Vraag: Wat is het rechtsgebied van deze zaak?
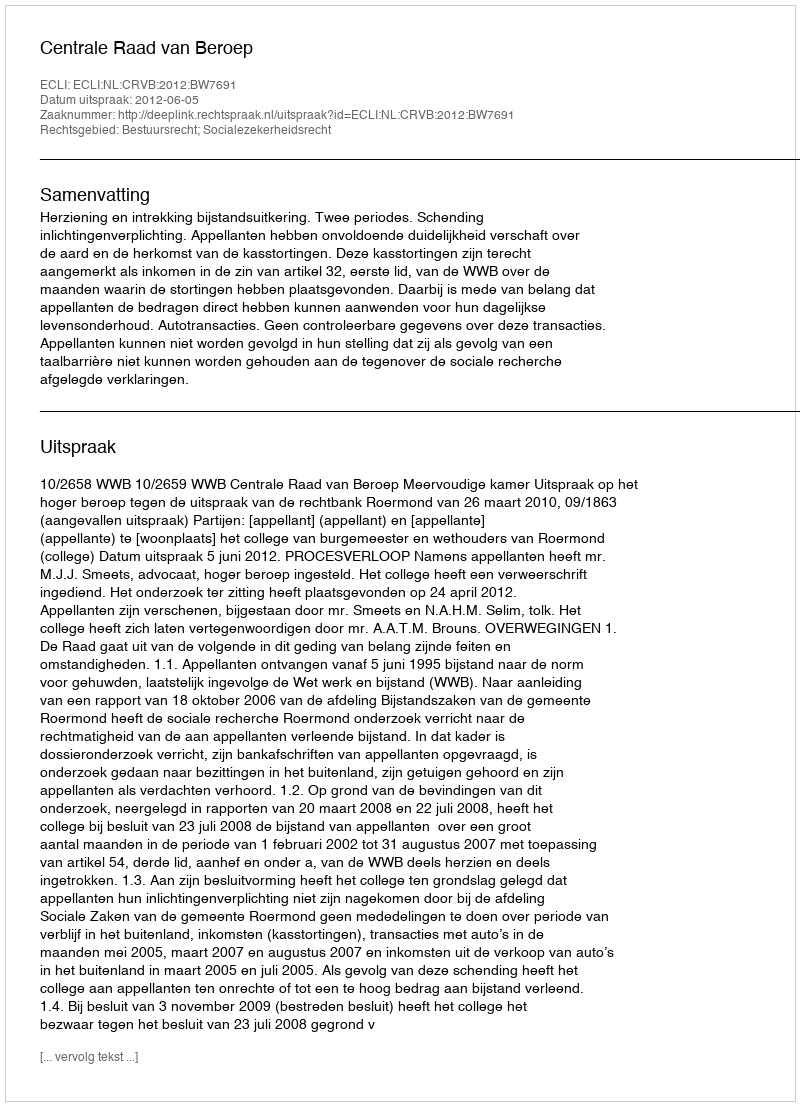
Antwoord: Bestuursrecht; Socialezekerheidsrecht